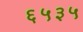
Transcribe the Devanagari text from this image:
६५३५